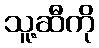
သူ့ဆီကို